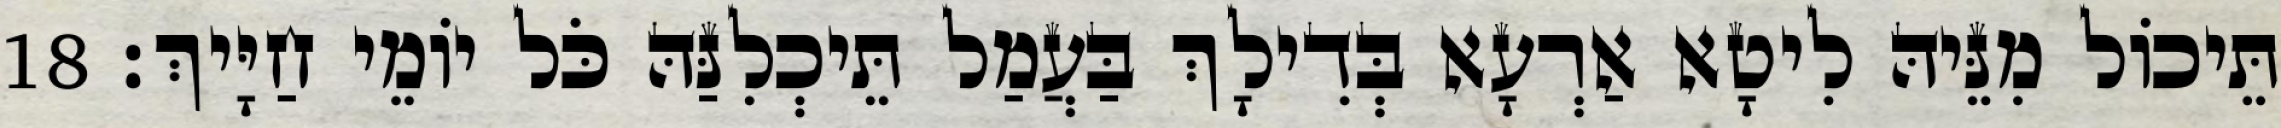
תֵּיכוֹל מִנֵּיהּ לִיטָא אַרְעָא בְּדִילָךְ בַּעֲמַל תֵּיכְלִנַּהּ כֹּל יוֹמֵי חַיָּיךְ׃ 18